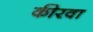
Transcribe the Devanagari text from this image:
कीरवा